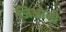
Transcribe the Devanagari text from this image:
जिओली